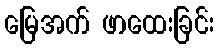
မြေအက် ဖာထေးခြင်း